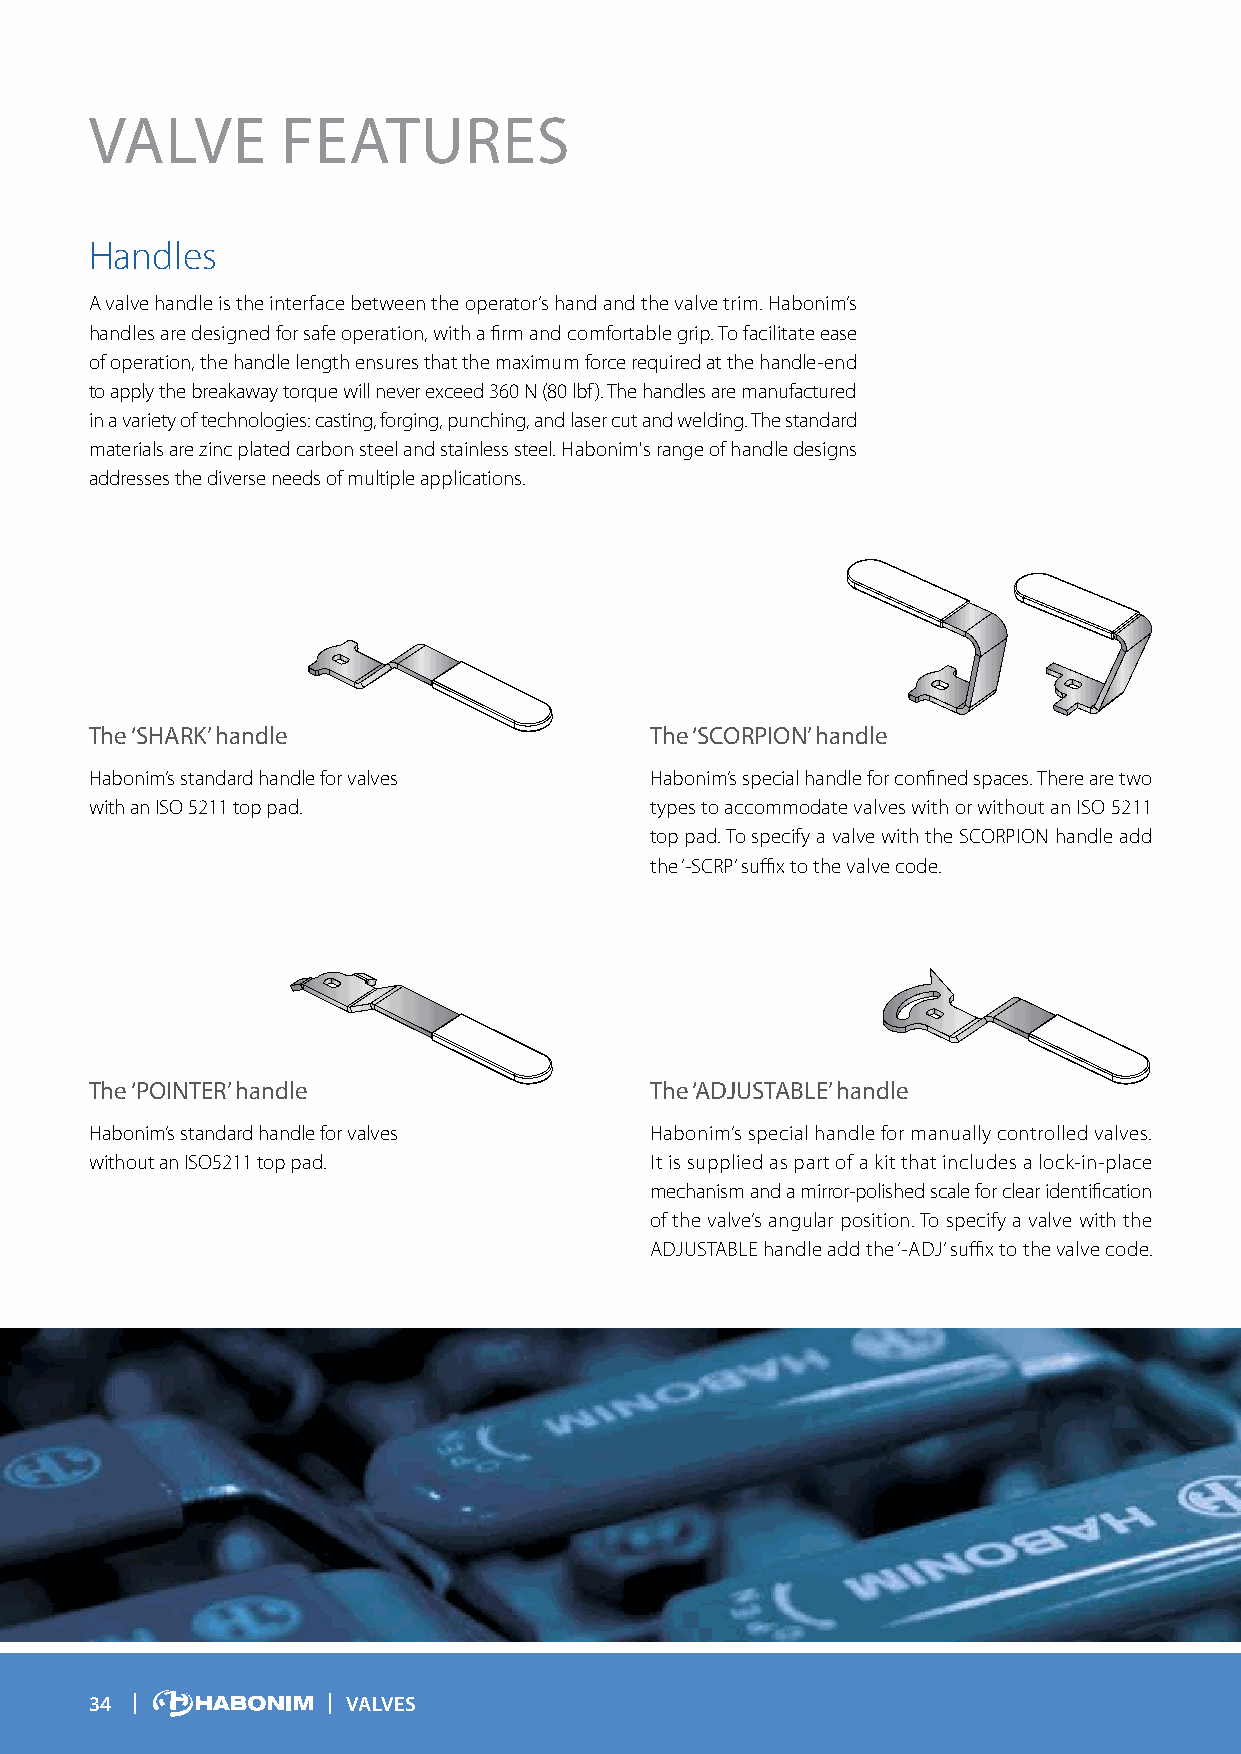
VALVE        FEATURES
 Handles
 A valve handle is the interface between the operator’s hand and the valve trim. Habonim’s
 handles are designed for safe operation, with a firm and comfortable grip. To facilitate ease
 of operation, the handle length ensures that the maximum force required at the handle-end
 to apply the breakaway torque will never exceed 360 N (80 lbf). The handles are manufactured
 in a variety of technologies: casting, forging, punching, and laser cut and welding. The standard
 materials are zinc plated carbon steel and stainless steel. Habonim's range of handle designs
 addresses the diverse needs of multiple applications.
 The ‘SHARK’ handle                   The ‘SCORPION’ handle
 Habonim’s standard handle for valves Habonim’s special handle for confined spaces. There are two
 with an ISO 5211 top pad.            types to accommodate valves with or without an ISO 5211
 top pad. To specify a valve with the SCORPION handle add
 the ‘-SCRP’ suffix to the valve code.
 The ‘POINTER’ handle                 The ‘ADJUSTABLE’ handle
 Habonim’s standard handle for valves Habonim’s special handle for manually controlled valves.
 without an ISO5211 top pad.          It is supplied as part of a kit that includes a lock-in-place
 mechanism and a mirror-polished scale for clear identification
 of the valve’s angular position. To specify a valve with the
 ADJUSTABLE handle add the ‘-ADJ’ suffix to the valve code.
 34               VALVES